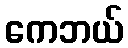
ကေဘယ်